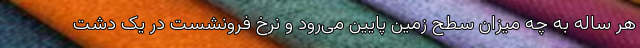
هر ساله به چه میزان سطح زمین پایین می‌رود و نرخ فرونشست در یک دشت